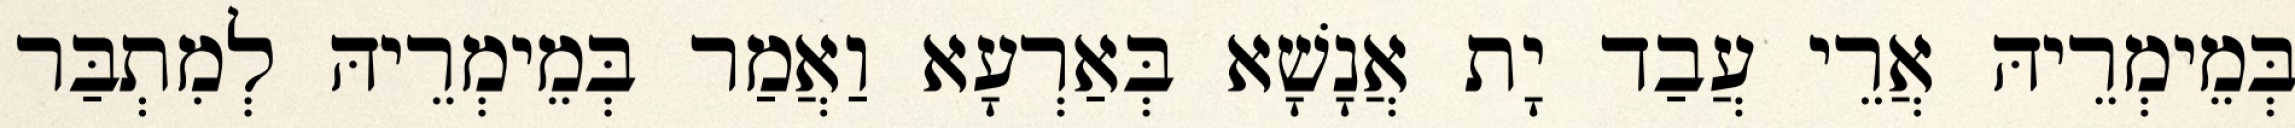
בְּמֵימְרֵיהּ אֲרֵי עֲבַד יָת אֲנָשָׁא בְּאַרְעָא וַאֲמַר בְּמֵימְרֵיהּ לְמִתְבַּר